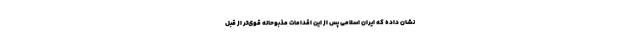
نشان داده که ایران اسلامی پس از این اقدامات مذبوحانه قوی‌تر از قبل